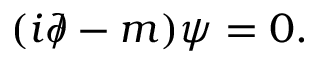
( i { \partial \! \! \! / } - m ) \psi = 0 .